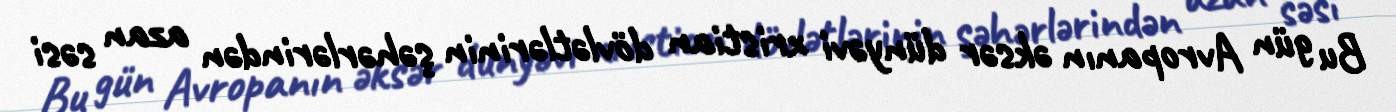
Bu gün Avropanın əksər dünyəvi xristian dövlətlərinin şəhərlərindən azan səsi